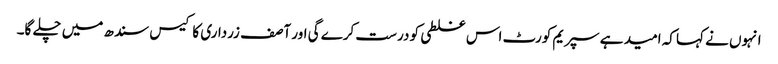
انہوں نے کہا کہ امید ہے سپریم کورٹ اس غلطی کو درست کرے گی اور آصف زرداری کا کیس سندھ میں چلے گا۔